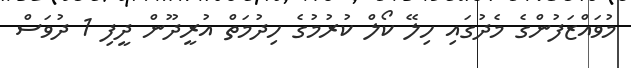
މުވައްޒަފުންގެ މެދުގައި ހިލޭ ކޯލް ކުރުމުގެ ހިދުމަތް އުރީދޫން ދީފި 1 ދުވަސް